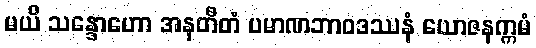
မယိ သန္ဒောဟော အနတီတံ ပမာဏဘာဝဒဿနံ ယောဇနက္ကမံ